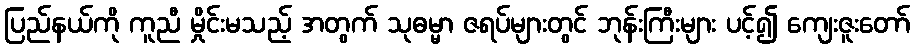
ပြည်နယ်ကို ကူညီ မှိုင်းမသည့် အတွက် သုဓမ္မာ ဇရပ်များတွင် ဘုန်းကြီးများ ပင့်၍ ကျေးဇူးတော်